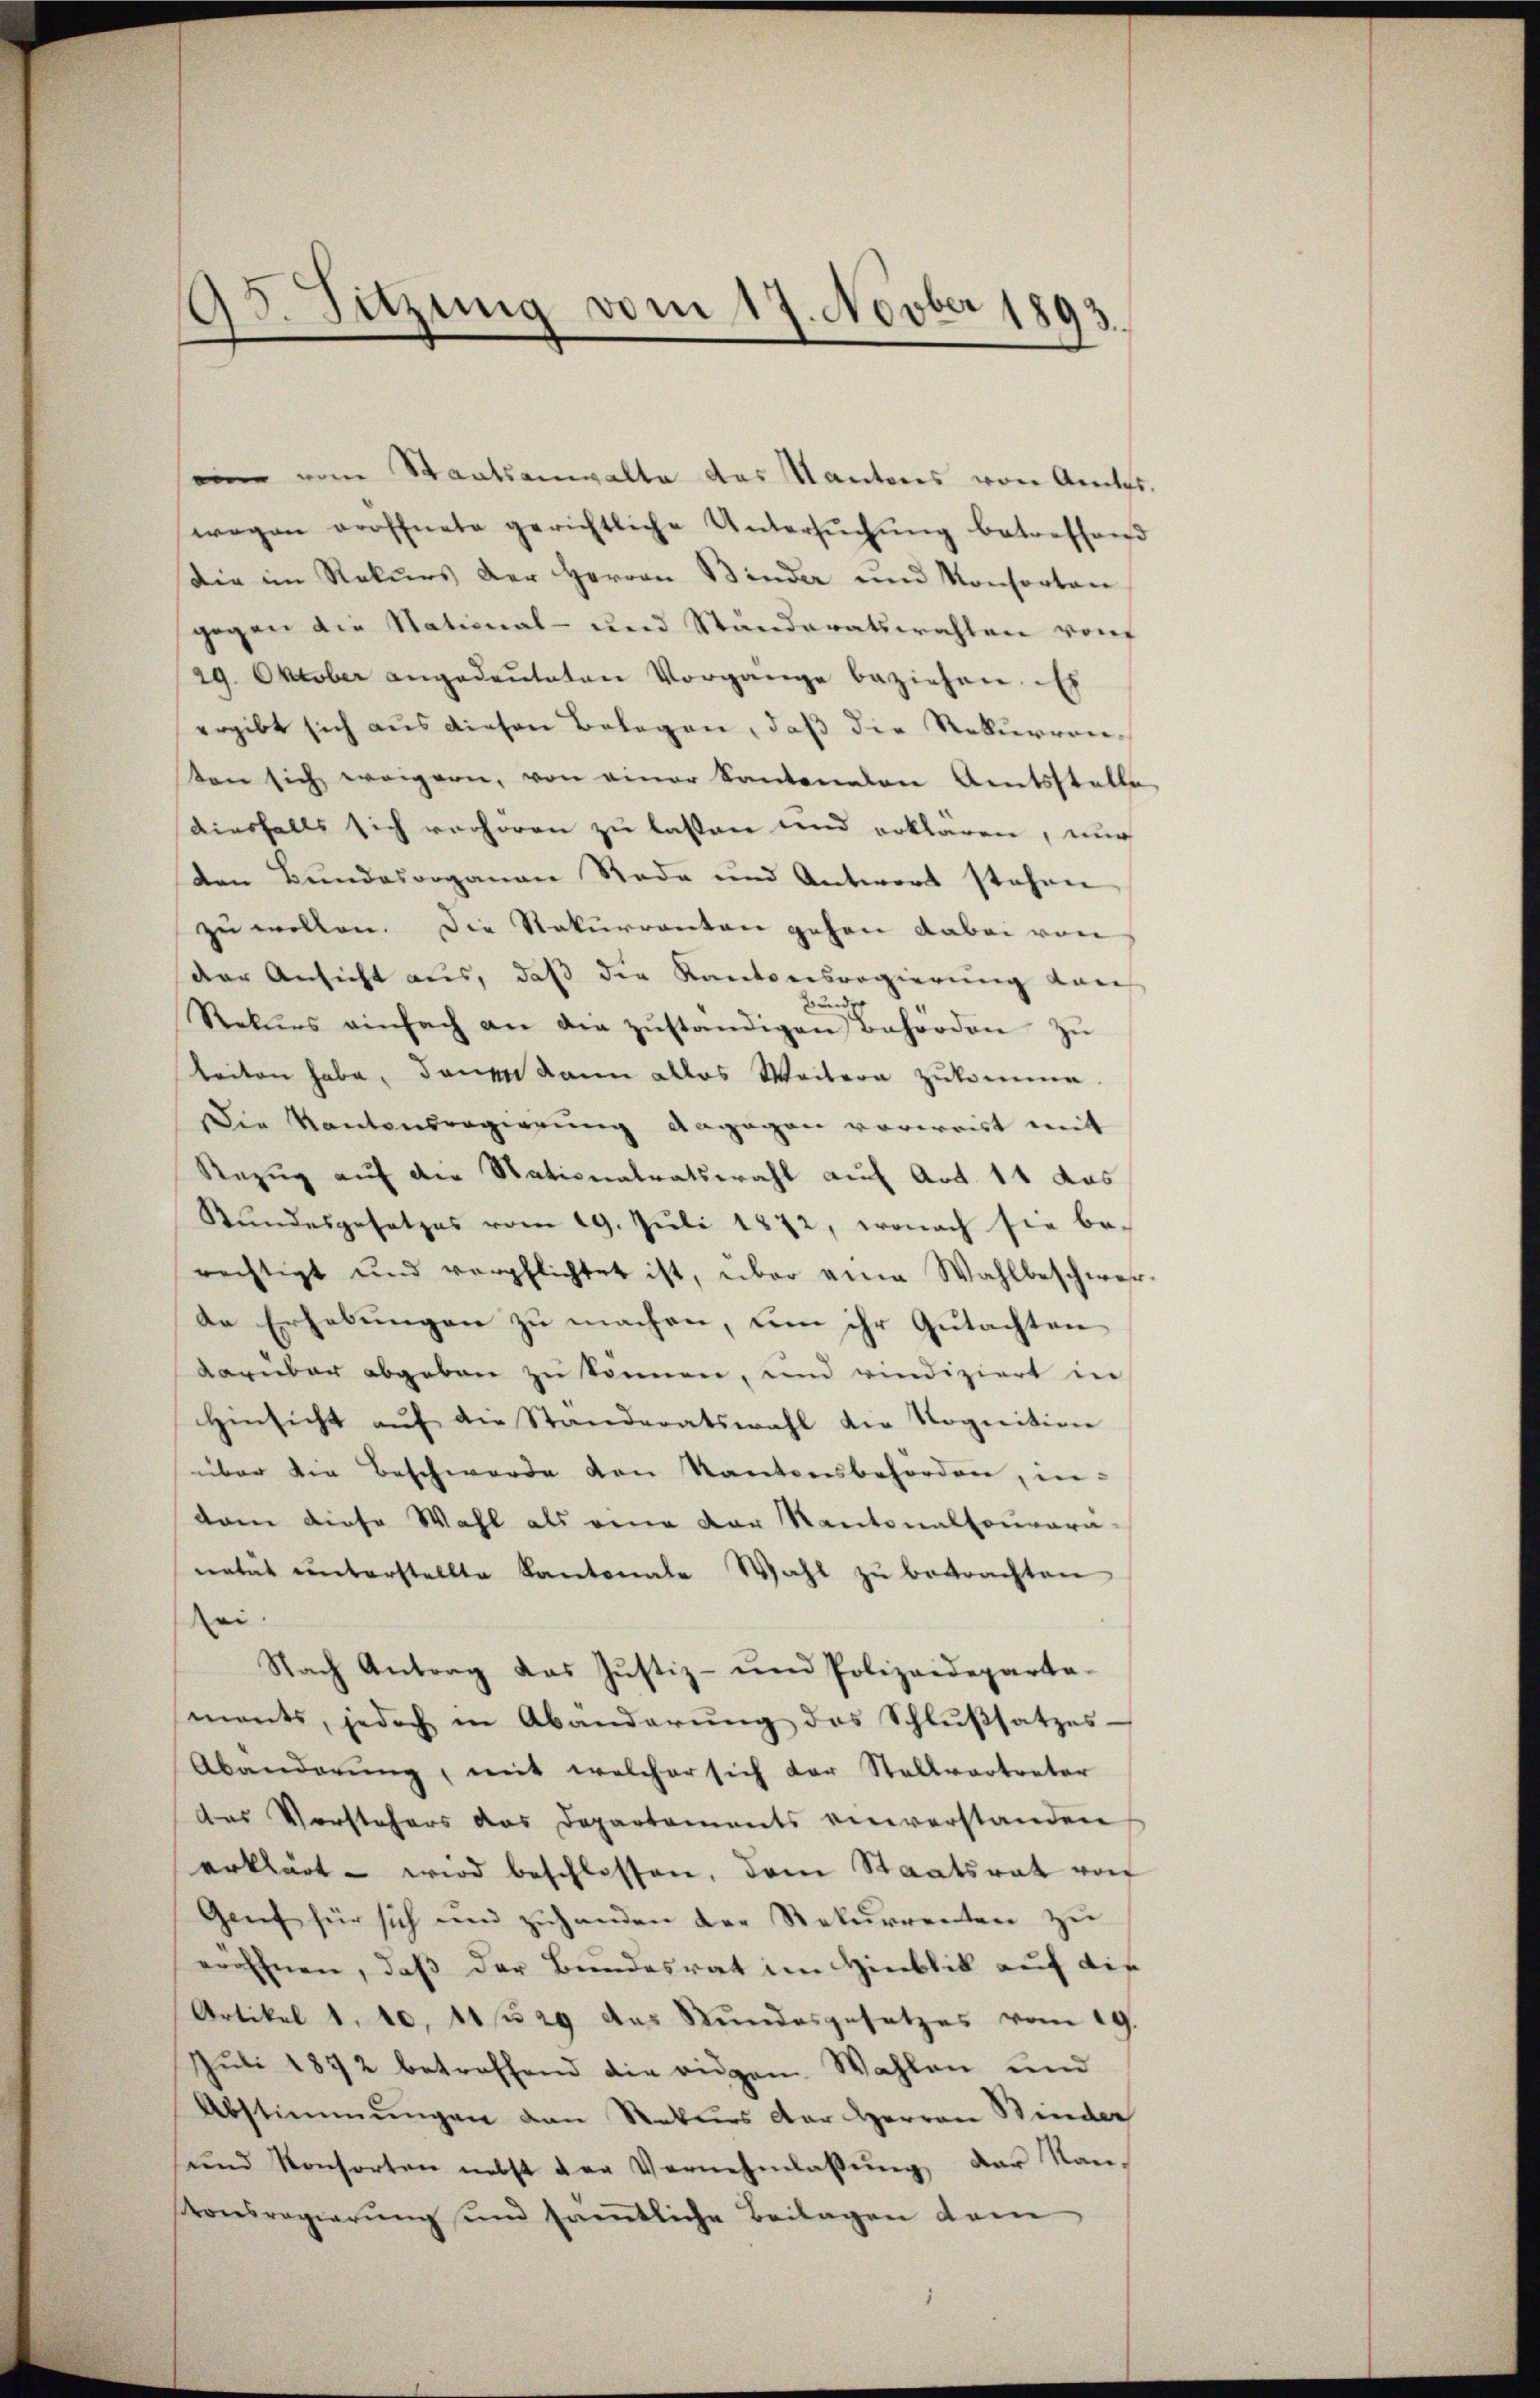
e
195. Sitzung vom 17. Nov. 1893.

eine vom Staatsanwalte das Kantons von Amtes.
wegen eröffnete gerichtliche Untersŭchŭng betreffend
Die im Rekurs der Herren Binder und Konsortan
gegen die National- und Standeratswahlen von
29. Oktober angedeuteten Vorgange beziehen. Es
ergibt sich aus diesen Belegen, daß die Rekurrenten sich weigern, von einer Kantonalen Amtsstelle
diesfalls sich verhören zu lassen und erklären, nur
den Bundesorganen Rede und Antwort stehen
zu wollen. Die Rekurrenten gehen dabei von
der Ansicht aus, daß die Kantonsregierung von
Bund
Rekŭrs einfach an die zŭständigen Behörden zŭ
keiten habe, dann kann alles Weitern zukomme.
Die Kantonsregierung dagegen vorweist mit
Rezug auf die Nationalratswahl auf Art. 11 das
Stŭndesgesetzes vom 19. Jŭli 1872, wonach sie be-
rechtigt und verpflichtet ist, über eine Wahlbeschwer-
de Erhebungen zu machen, um ihr Gutachten
darüber abgeben zu können, und vindiziert in
Hinsicht aŭf die Standeratswahl die Rognition
über die Beschwerde den Kantonsbehörden, in-
dam diese Wahl als eine der Kantonaltouvara-
natut unterstellte Kantonale Wahl zu betrachten
Rei
Nach Antrag das Justiz- und Polizeideparta-
ments, jedoch in Abänderŭng des Schlußsatzes-
Abänderung, mit welcher sich der Stallvertreter
das Vorstehers das Departements einverstanden
erklärt wird beschlossen, dem Staatsrat von
Genf für sich und zuhanden der Rekurrenten zu
eröffnen, daß der Bundesrat im Hinblik auf die
Artikel 1. 10, 11 f 29 das Stundesgesetzes vom 19.
Jŭli 1872 betreffend die eigen Wahlen und
Abstimmungen den Naturs der Herren Binder
ŭnd Konsorten nebst der Vernehmlassŭng der Nan-
tonsregierŭng und samtliche Beilagen dem